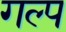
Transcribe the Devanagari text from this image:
गल्‍प